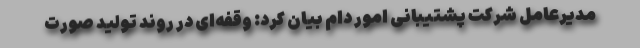
مدیرعامل شرکت پشتیبانی امور دام بیان کرد: وقفه‌ای در روند تولید صورت